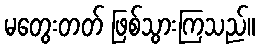
မတွေးတတ် ဖြစ်သွားကြသည်။